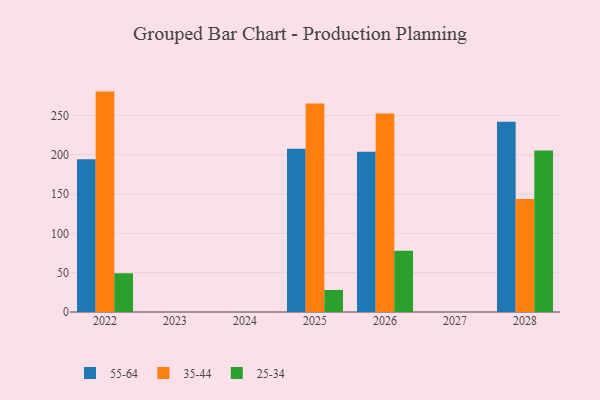
{"axis": {"x": "Year", "y": "Revenue (USD Million)"}, "legend": ["25-34", "35-44", "55-64"], "data": [{"x": "2025", "y": 207.7, "type": "55-64"}, {"x": "2025", "y": 265.1, "type": "35-44"}, {"x": "2025", "y": 28.0, "type": "25-34"}, {"x": "2026", "y": 203.9, "type": "55-64"}, {"x": "2026", "y": 252.5, "type": "35-44"}, {"x": "2026", "y": 77.9, "type": "25-34"}, {"x": "2022", "y": 194.4, "type": "55-64"}, {"x": "2022", "y": 280.3, "type": "35-44"}, {"x": "2022", "y": 49.3, "type": "25-34"}, {"x": "2028", "y": 242.0, "type": "55-64"}, {"x": "2028", "y": 143.7, "type": "35-44"}, {"x": "2028", "y": 205.4, "type": "25-34"}]}